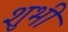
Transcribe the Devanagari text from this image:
शुभी